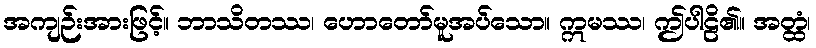
အကျဉ်းအားဖြင့်။ ဘာသိတဿ၊ ဟောတော်မူအပ်သော။ ဣမဿ၊ ဤပါဠိ၏။ အတ္ထံ၊